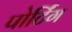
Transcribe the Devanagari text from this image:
पोर्टिंग